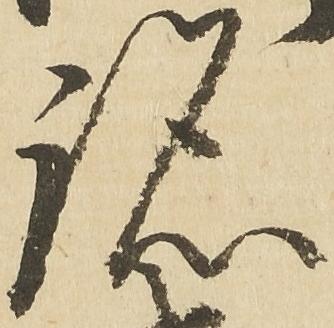
跡